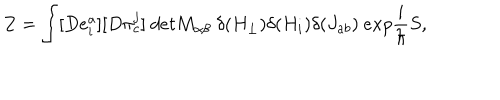
LaTeX: Z = \int [ D e _ { i } ^ { a } ] [ D \pi _ { c } ^ { j } ] \ d e t M _ { \alpha \beta } \ \delta ( H _ { \perp } ) \delta ( H _ { i } ) \delta ( J _ { a b } ) \ e x p \frac { i } { \hbar } S ,